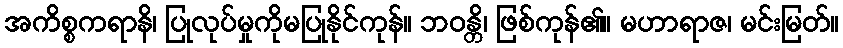
အကိစ္စကရာနိ၊ ပြုလုပ်မှုကိုမပြုနိုင်ကုန်။ ဘဝန္တိ၊ ဖြစ်ကုန်၏။ မဟာရာဇ၊ မင်းမြတ်။